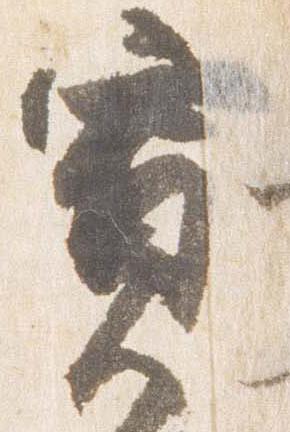
寛